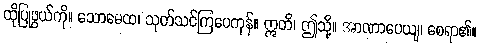
ထိုပြုဖွယ်ကို။ သောဓေထ၊ သုတ်သင်ကြပေကုန်။ ဣတိ၊ ဤသို့။ အာဏာပေယျ၊ စေရာ၏။